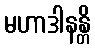
မဟာဒါနန္တိ